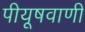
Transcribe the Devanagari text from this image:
पीयूषवाणी